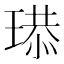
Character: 𤧴